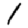
Digit: 1